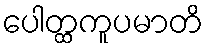
ပေါတ္ထကူပမာတိ